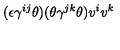
( \epsilon \gamma ^ { i j } \theta ) ( \theta \gamma ^ { j k } \theta ) v ^ { i } v ^ { k }